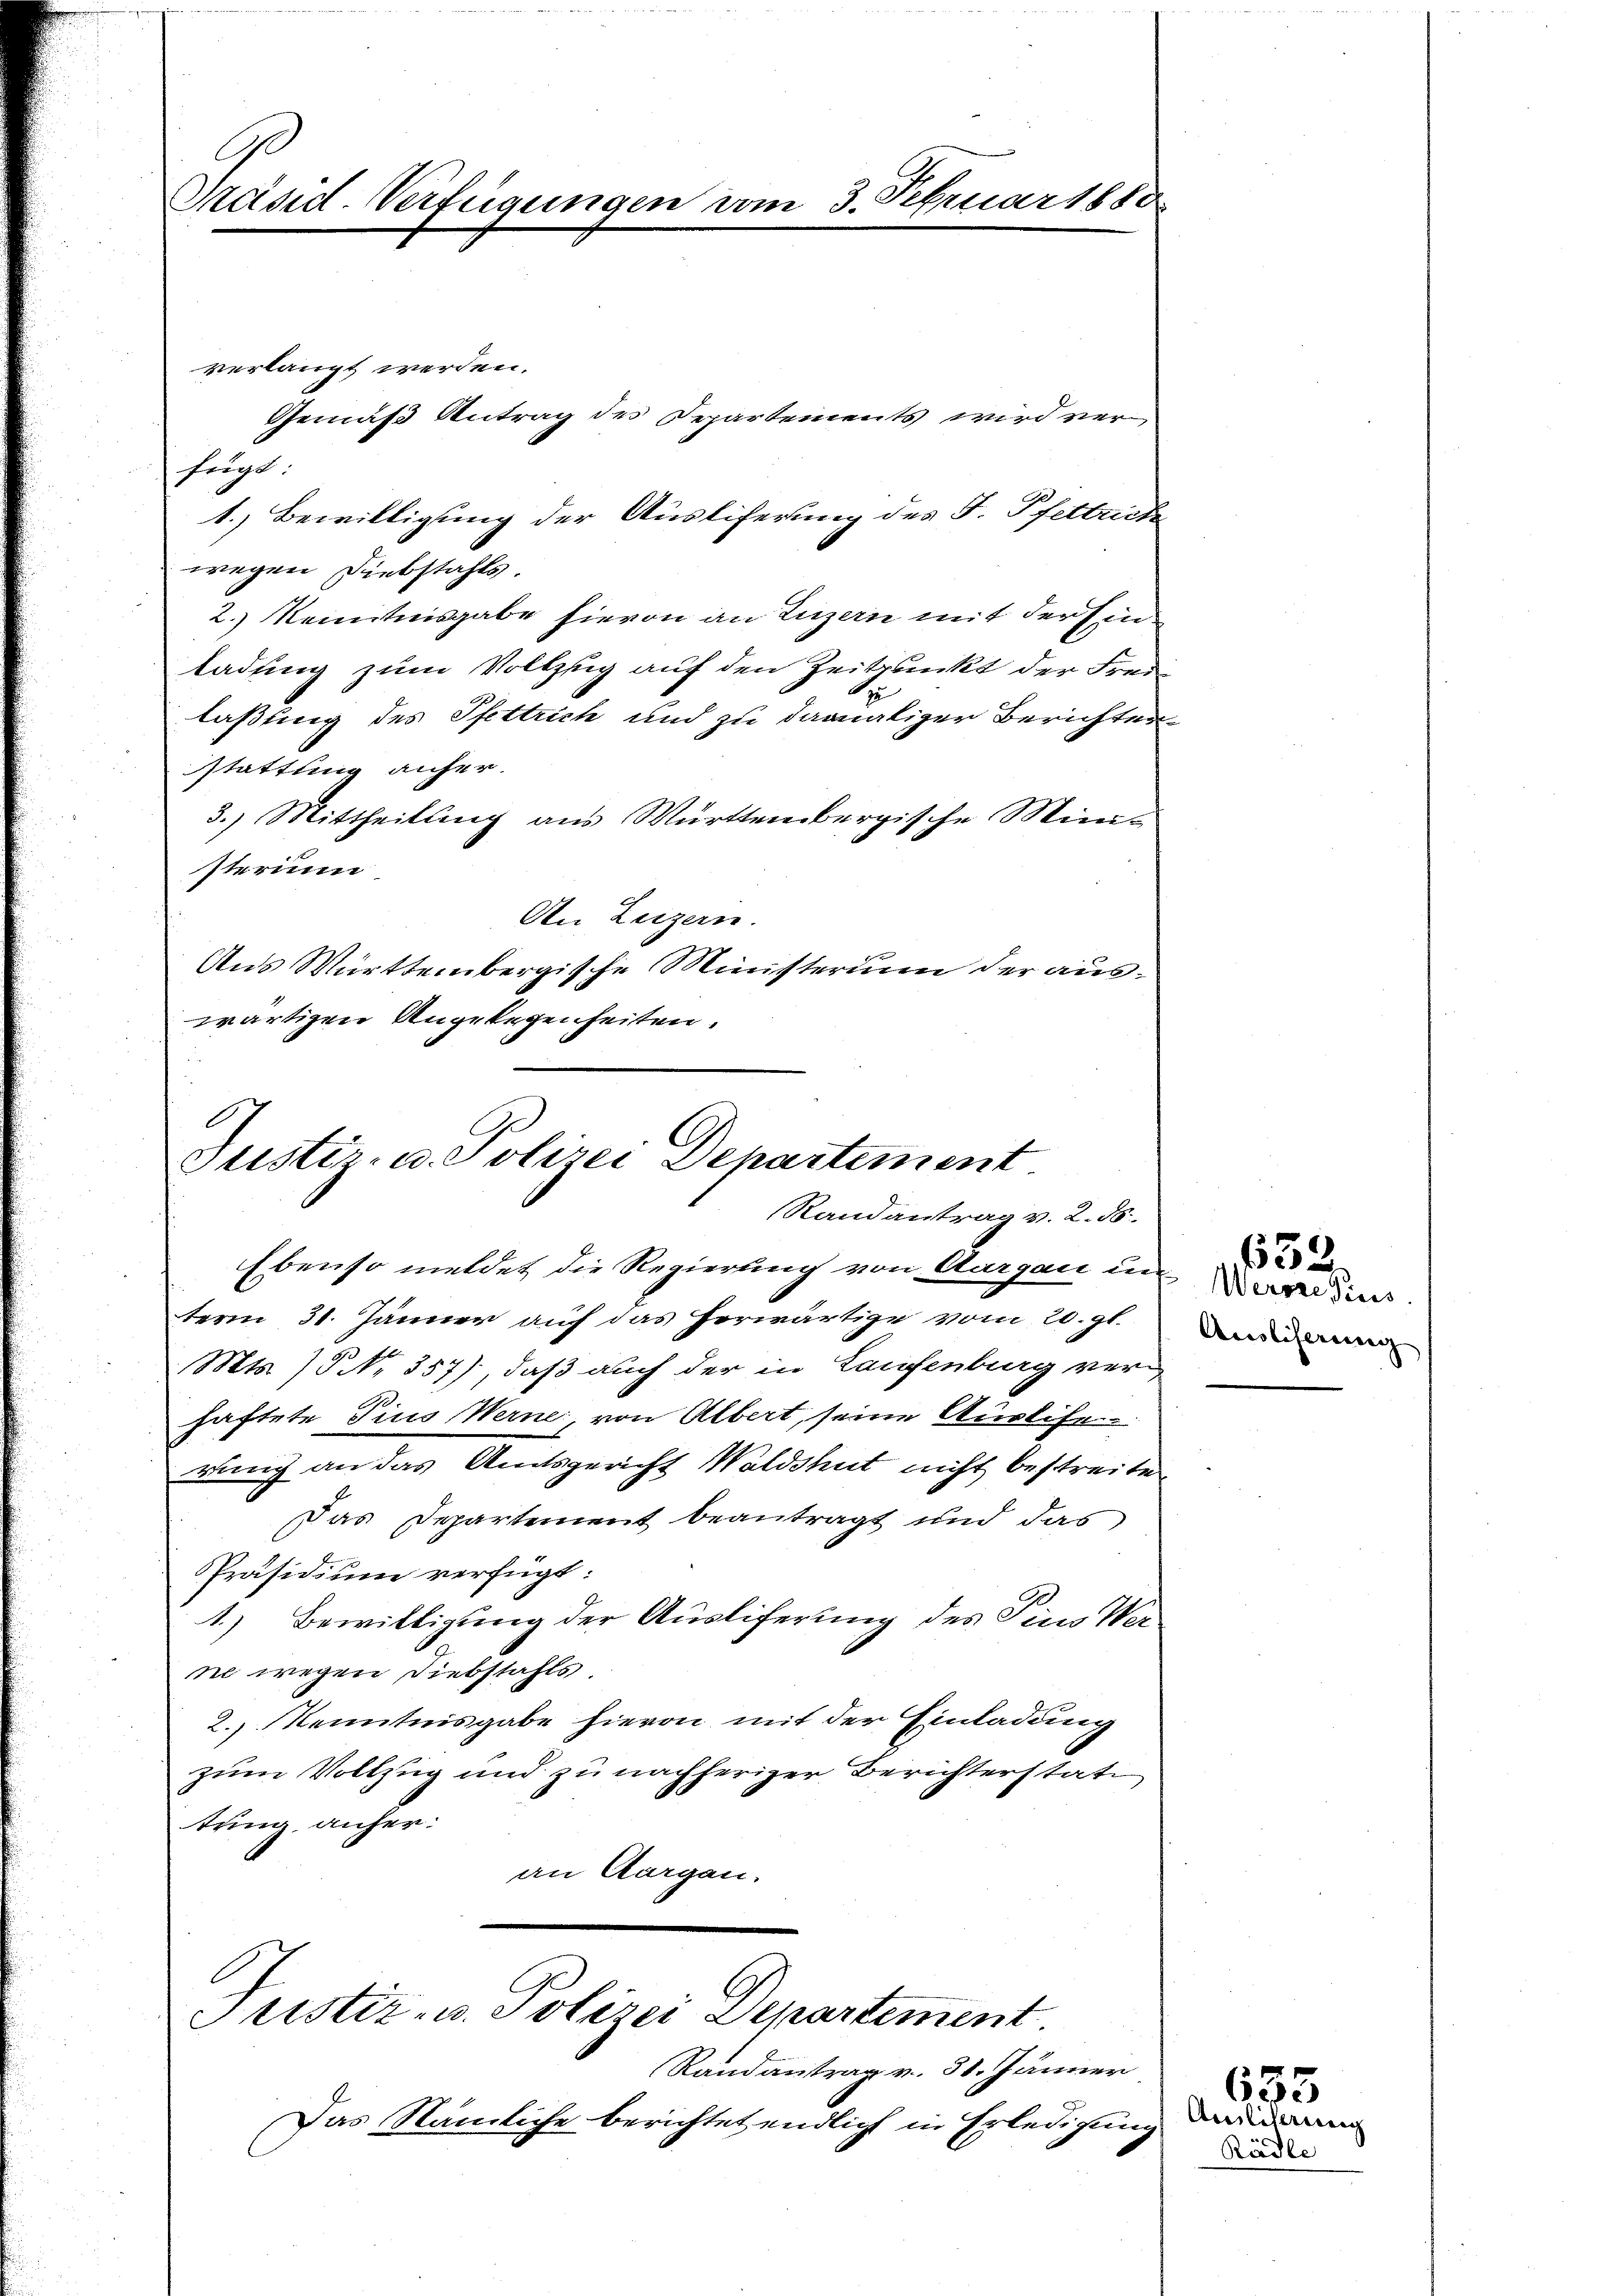
E
Präsid-Verfügungen vom 3. Februar 1880

verlangt werden.
Gemäß Antrag des Departements wird verfügt:
1.) Bewilligung der Ausliferung des F. Pfettrete
wegen Diebstahls.
2.) Kenntnisgabe hievon an Luzern mit der Ein
ladung zum Vollzug auf den Zeitpunkt der Freie
laßung des Pfettrich und zu damaliger Berichten
stattung anher.
3.) Mittheilung aus Württembergische Mini-
sterium
An Luzern.
Aus Württembergische Ministerium der auswärtigen Angelegenheiten.

Justiz- u. Polizei Departement
Randantrag v. 2. 58.

Ebenso meldet die Regierung von Aurgau in dies
term 31. Jänner auf das herwärtige vom 20. gl.
Mts. 15 No 357), daß auch der in Laufenburg ver-
haftete Pius Werne, von Albert, seine Auslife
rung an das Amtsgericht Waldshut nicht bestreiten
Das Departement beantragt und das
Präsidium verfügt:
1.) Bewilligung der Ausliferung des Pins Wer
ne wegen Diebstahls.
2., Kenntnisgabe hievon mit der Einladung
zum Vollzug und zu nachheriger Berichterstate
tung anher:
an Aargau.

Justiz- u. Polizei Departement.

Randantrag v. 31. Jänner
Das Nämliche berichtet endlich in Erledigung

Ausliserung |

632.

Rädle

655
Amliserung